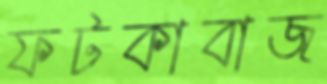
ফটকাবাজ